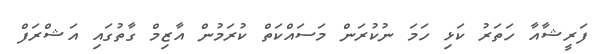
ފަރީޝާއާ ހަތަރު ކަޅި ހަމަ ނުކުރަން މަސައްކަތް ކުރަމުން އާޒިމް ގާތުގައި އަޝްރަފް